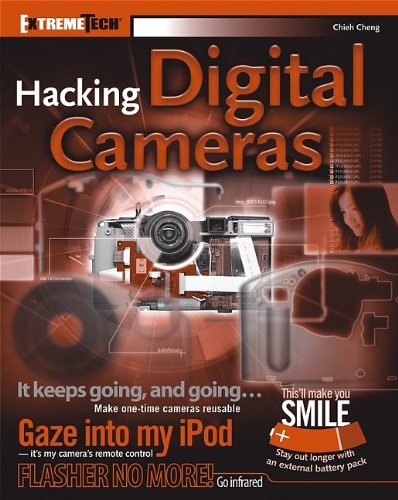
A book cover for Hacking Digital Cameras; Chieh Cheng; Computers & Technology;